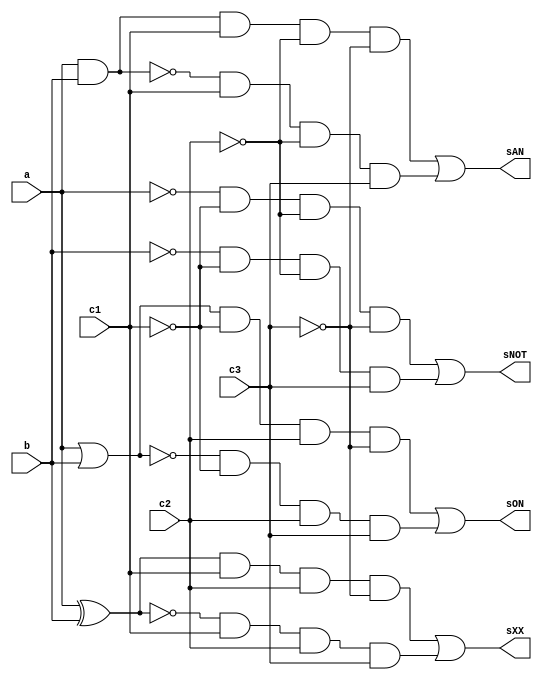
//-------------------------
// Exemplo0032 - F4
// Nome: Gabriel Carlos Damasceno Arriel
// -------------------------
// -------------------------
// f4_gate
// -------------------------
module LU (output sNOT, output sON, output sAN, output sXX, 
			  input a, input b, input c1, input c2, input c3);  
	wire notC1,notC2,notC3,notA,notB,orAB,norAB,andAB,nandAB,
		  xorAB,xnorAB,and1,and2,and3,and4,and5,and6,and7,and8;
	not NOT1   (notC1, c1);
	not NOT2   (notC2, c2);
	not NOT3   (notC3, c3);
	not NOT4   (notA, a);
	not NOT5   (notB, b);
	nor NOR1   (norAB, a, b);
	nand NAND1 (nandAB, a, b);
	xor XOR1   (xorAB, a, b);
	xnor XNOR1 (xnorAB, a, b);
	and AND1   (andAB, a, b);
	and AND2   (and1, notA, notC1, notC2, notC3);
	and AND3   (and2, notB, notC1, notC2, c3);
	and AND4   (and3, orAB, notC1, c2, notC3);
	and AND5   (and4, norAB, notC1, c2, c3);
	and AND6   (and5, andAB, c1, notC2, notC3);
	and AND7   (and6, nandAB, c1, notC2, c3);
	and AND8   (and7, xorAB, c1, c2, notC3);
	and AND9   (and8, xnorAB, c1, c2, c3);
	or OR1    (orAB, a, b);
	or OR2     (sNOT, and1, and2);
	or OR3     (sON, and3, and4);
	or OR4     (sAN, and5, and6);
	or OR5     (sXX, and7, and8);
endmodule 
module test_LU;
// ------------------------- definir dados
   reg x;
	reg y;
	reg c1;
	reg c2;
	reg c3;
	wire m;
	wire n;
	wire o;
	wire p;
	LU modulo (m, n, o, p, x, y, c1, c2, c3);
	initial begin: start
		x = 0; 
		y = 0;
		c1= 0;
		c2= 0;
		c3= 0;
	end
// ------------------------- parte principal
   initial begin
      $display("Exemplo0035 - Gabriel Carlos Carlos Damasceno Arriel - 451557");
      $display("Test LU's module");
		$display ("\nValor da Selecao = 000");
      $monitor("a = %b NOT A = %b",x,m);  
		#1 
		x = 1; c1 = 0; c2 = 0; c3 = 0; 
		#1
		$display ("\nValor da Selecao = 001");
		$monitor("b = %b NOT B = %b",y,m);
		y = 0; c1 = 0; c2 = 0; c3 = 1;
		#1
		y = 1; c1 = 0; c2 = 0; c3 = 1;
		#1
		$display ("\nValor da Selecao = 010");
		$monitor("Entradas : a = %b b = %b Selecao: OR = %b",x,y,n);
		x = 0; y = 0; c1 = 0; c2 = 1; c3 = 0;
		#1
		x = 0; y = 1; c1 = 0; c2 = 1; c3 = 0;
		#1 
		x = 1; y = 0; c1 = 0; c2 = 1; c3 = 0;
		#1 
		x = 1; y = 1; c1 = 0; c2 = 1; c3 = 0;
		#1
		$display ("\nValor da Selecao = 011");
		$monitor("Entradas : a = %b b = %b Selecao: NOR = %b",x,y,n);
		x = 0; y = 0; c1 = 0; c2 = 1; c3 = 1;
		#1
		x = 0; y = 1; c1 = 0; c2 = 1; c3 = 1;
		#1 
		x = 1; y = 0; c1 = 0; c2 = 1; c3 = 1;
		#1 
		x = 1; y = 1; c1 = 0; c2 = 1; c3 = 1;		
		#1
		$display ("\nValor da Selecao = 100");
		$monitor("Entradas : a = %b b = %b Selecao: AND = %b",x,y,o);
		x = 0; y = 0; c1 = 1; c2 = 0; c3 = 0;
		#1
		x = 0; y = 1; c1 = 1; c2 = 0; c3 = 0;
		#1 
		x = 1; y = 0; c1 = 1; c2 = 0; c3 = 0;
		#1 
		x = 1; y = 1; c1 = 1; c2 = 0; c3 = 0;		
		#1
		$display ("\nValor da Selecao = 101");
		$monitor("Entradas : a = %b b = %b Selecao: NAND = %b",x,y,o);
		x = 0; y = 0; c1 = 1; c2 = 0; c3 = 1;
		#1
		x = 0; y = 1; c1 = 1; c2 = 0; c3 = 1;
		#1 
		x = 1; y = 0; c1 = 1; c2 = 0; c3 = 1;
		#1 
		x = 1; y = 1; c1 = 1; c2 = 0; c3 = 1;		
		#1
		$display ("\nValor da Selecao = 110");
		$monitor("Entradas : a = %b b = %b Selecao: XOR = %b",x,y,p);
		x = 0; y = 0; c1 = 1; c2 = 1; c3 = 0;
		#1
		x = 0; y = 1; c1 = 1; c2 = 1; c3 = 0;
		#1 
		x = 1; y = 0; c1 = 1; c2 = 1; c3 = 0;
		#1 
		x = 1; y = 1; c1 = 1; c2 = 1; c3 = 0;
		#1
		$display ("\nValor da Selecao = 111");
		$monitor("Entradas : a = %b b = %b Selecao: XNOR = %b",x,y,p);
		x = 0; y = 0; c1 = 1; c2 = 1; c3 = 1;
		#1
		x = 0; y = 1; c1 = 1; c2 = 1; c3 = 1;
		#1 
		x = 1; y = 0; c1 = 1; c2 = 1; c3 = 1;
		#1 
		x = 1; y = 1; c1 = 1; c2 = 1; c3 = 1;						
   end
endmodule // test_LU